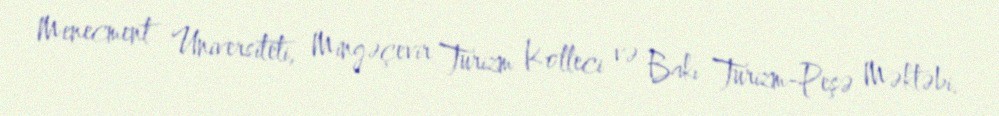
Menecment Universiteti, Mingəçevir Turizm Kolleci və Bakı Turizm-Peşə Məktəbi.